Riigikantselei, lk 377
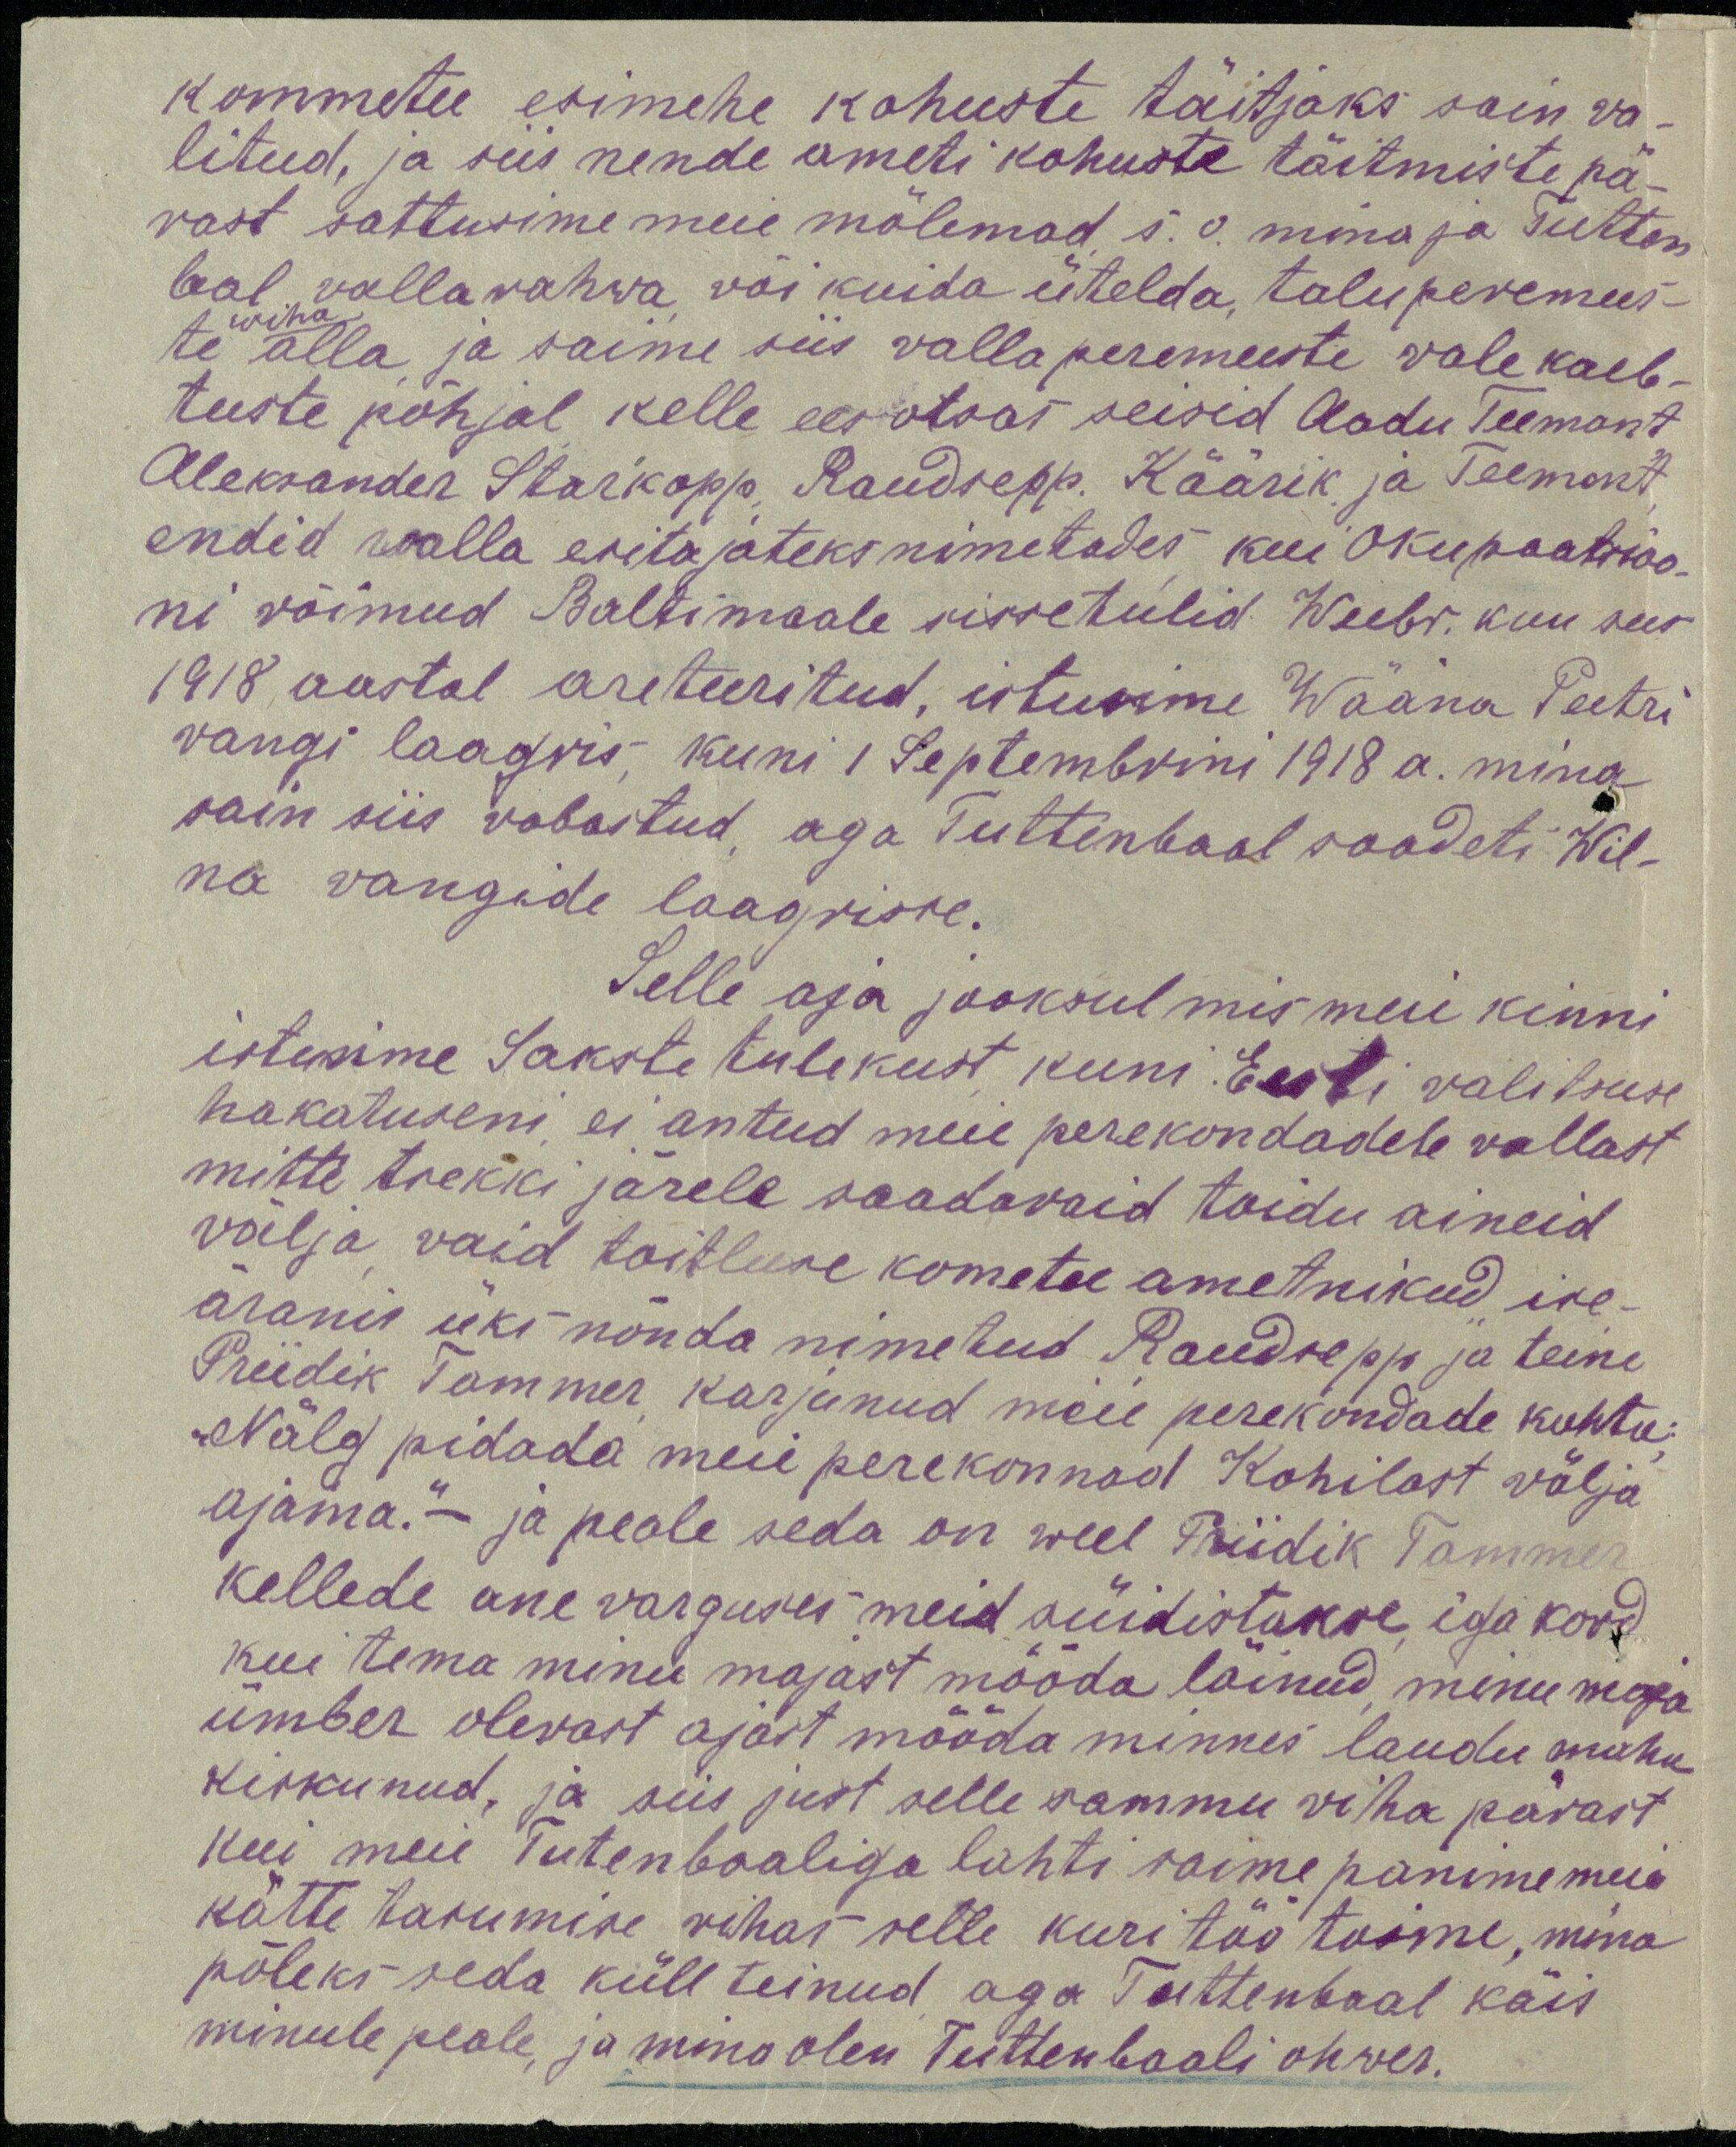
kommetee esimehe kohuste täitjaks sain va-
litud, ja siis nende ameti kohuste täitmiste pä-
rast sattusime meie mõlemad s. o. mina ja Tutten
bal valla rahwa või kuida ütelda, taluperemees-
wiha
te alla ja saime siis vallaperemeeste vale kaeb-
tuste põhjal kelle ees otsas seisid Aadu Teemant
Aleksander Starkopp Raudsepp. Käärik ja Teemant
endid walla esitajateks nimetades kui Okupaatsioo-
ni võimud Baltimaale sissetulid. Weebr. kuu sees
1918 aastal areteeritud, istusime Wääna Peetri
vangi laagris, kuni 1 Septembrini 1918 a. mina
sain siis vabastud, aga Tuttenbaal saadeti Wil-
na vangide laagrisse.
Selle aja jooksul mis meie kinni
istusime Sakste tulekust kuni Eesti valitsuse
hakatuseni ei antud meie perekondadele vallast
mitte trekki järele saadavaid toidu aineid
välja vaid toitluse kometee ametnikud ise-
äranis üks nõnda nimetud Raudsepp ja teine
Priidik Tammer karjunud meie perekondade kohta:
"Nälg pidada meie perekonnad Kohilast välja
ajama"- ja peale seda on weel Priidik Tammer
kellede une varguses meid süidistakse iga kord
kui tema minu majast mööda läinud, minu maja
ümber olevast ajast mööda minnes laudu maha
kiskunud, ja siis just selle sammu viha pärast
kui meie Tutenbaaliga lahti saime panime meie
kätte tasumise vihas selle kuri töö toime, mina
põleks seda küll teinud aga Tuttenbaal käis
minule peale, ja mina olen Tuhtenbaali ohver.